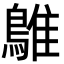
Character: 鵻